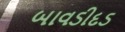
બાવડીદડ